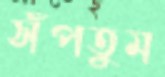
সঁপতুম